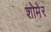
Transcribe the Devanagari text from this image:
शोमेर